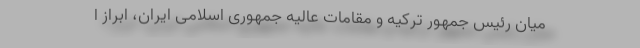
میان رئیس جمهور ترکیه و مقامات عالیه جمهوری اسلامی ایران، ابراز ا